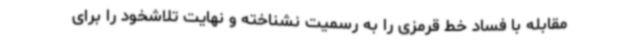
مقابله با فساد خط قرمزی را به رسمیت نشناخته و نهایت تلاشخود را برای